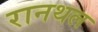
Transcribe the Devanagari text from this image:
रानथल